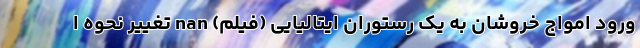
ورود امواج خروشان به یک رستوران ایتالیایی (فیلم) nan تغییر نحوه ا